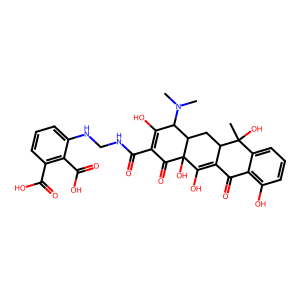
SMILES: CN(C)C1C(O)=C(C(=O)NCNc2cccc(C(=O)O)c2C(=O)O)C(=O)C2(O)C(O)=C3C(=O)c4c(O)cccc4C(C)(O)C3CC12
Inhibits HIV replication: No